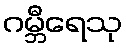
ဂမ္ဘီရေသု